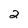
Character: 2